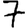
Digit: 7